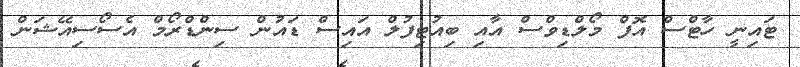
ޓައިނީ ހާޓްސް އޮފް މޯލްޑިވްސް އާއި ބިއުޓިފުލް އައިސް ޑައުން ސިންޑްރޯމް އެސޯސިއޭޝަން